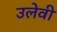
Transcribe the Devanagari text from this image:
उलेवी